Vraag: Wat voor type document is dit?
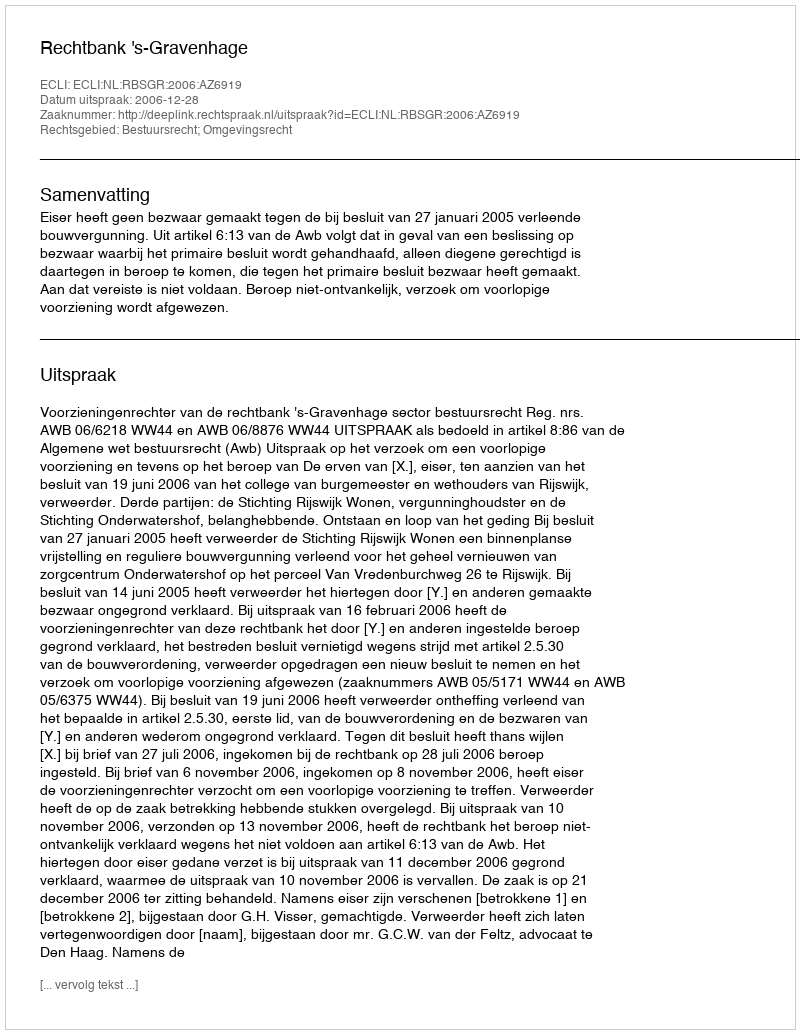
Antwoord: Uitspraak